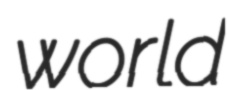
world